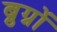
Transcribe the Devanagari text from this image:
ब्रुग्नों